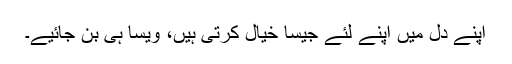
اپنے دِل میں اپنے لئے جیسا خیال کرتی ہیں، ویسا ہی بن جائیے۔